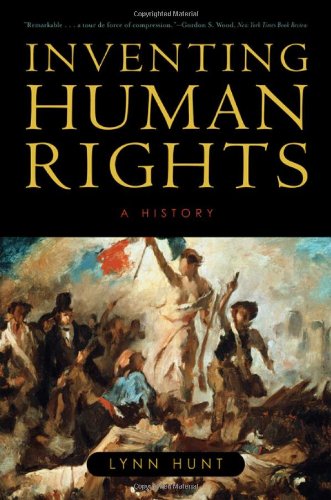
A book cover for Inventing Human Rights: A History; Lynn Hunt; Law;